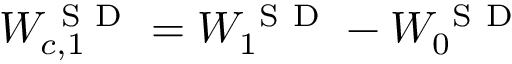
W _ { c , 1 } ^ { \mathrm { ~ S ~ D ~ } } = W _ { 1 } ^ { \mathrm { ~ S ~ D ~ } } - W _ { 0 } ^ { \mathrm { ~ S ~ D ~ } }